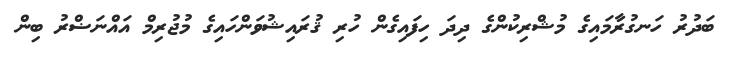
ބަދުރު ހަނގުރާމައިގެ މުޝްރިކުންގެ ދިދަ ހިފައިގެން ހުރި ޤުރައިޝުވަންހައިގެ މުޖުރިމް އައްނަޟްރު ބިން